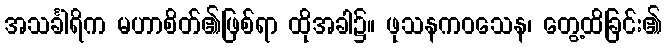
အသင်္ခါရိက မဟာစိတ်၏ဖြစ်ရာ ထိုအခါ၌။ ဖုသနကဝသေန၊ တွေ့ထိခြင်း၏